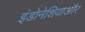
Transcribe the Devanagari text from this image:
इंडोनेशियाऔर